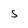
Character: s